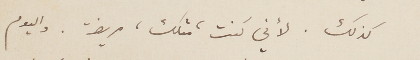
كذلك. لأني كنت، مثلك، مريضة. واليوم